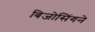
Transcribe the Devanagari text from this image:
बिजोसिंगने